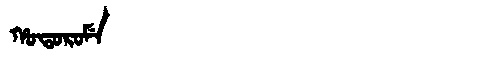
Manchu: ᡥᠣᡨᠣᡵᠣᠮᡝ
Romanization: HOTOROME